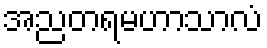
အညတရမဟာသာလံ